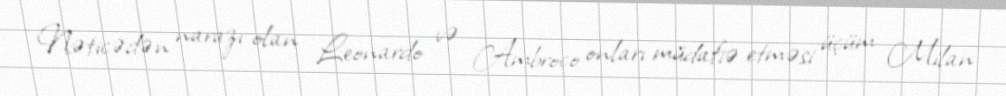
Nəticədən narazı olan Leonardo və Ambroco onları müdafiə etməsi üçüm Milan